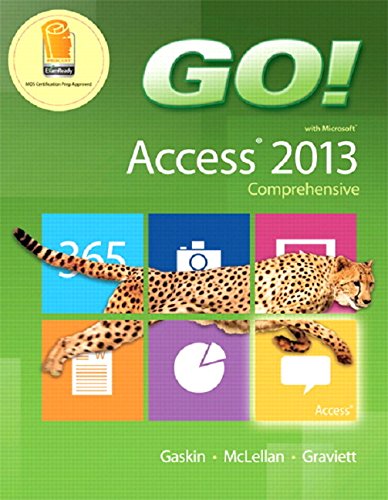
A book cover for GO! With Microsoft Access 2013 Comprehensive, MyITLab with eText and Access Card for GO! with Office 2013; Shelley Gaskin; Computers & Technology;